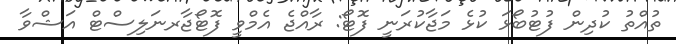
ތުއްތު ކުދިން ފުޓުބޯޅަ ކުޅެ މަޖާކުރަނީ ފޮޓޯ: ރާއްޖެ އެމްވީ ފޮޓޯޖާރނަލިސްޓް އަޝްވާ